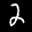
Label: 2